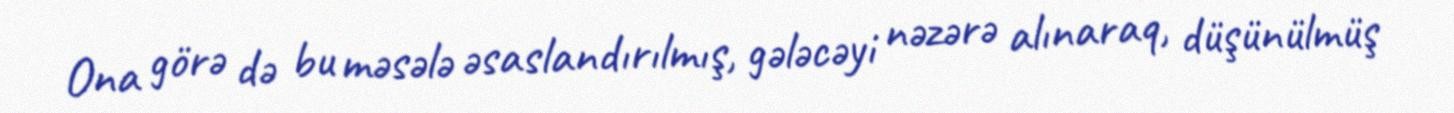
Ona görə də bu məsələ əsaslandırılmış, gələcəyi nəzərə alınaraq, düşünülmüş